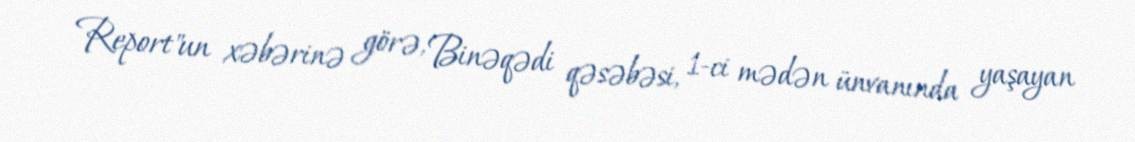
Report"un xəbərinə görə, Binəqədi qəsəbəsi, 1-ci mədən ünvanında yaşayan